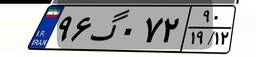
۹۵گ۶۵۷۰۲